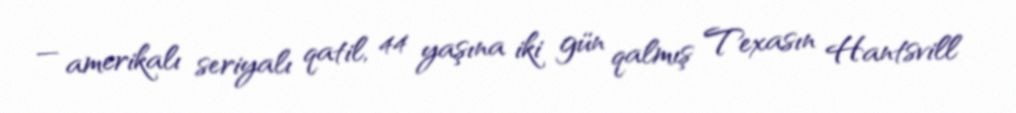
— amerikalı seriyalı qatil, 44 yaşına iki gün qalmış Texasın Hantsvill